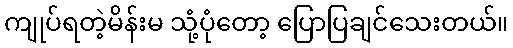
ကျုပ်ရတဲ့မိန်းမ သုံ့ပုံတော့ ပြောပြချင်သေးတယ်။